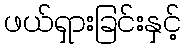
ဖယ်ရှားခြင်းနှင့်